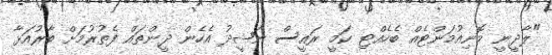
"ލާދީނީ މޮނިއުމަންޓެއް ބެހެއްޓި ކަމީ ރައީސް ނަޝީދު އެހެން ދީންތައް ފެތުރުމަށް ބާރުއަޅާ